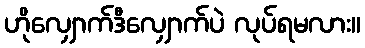
ဟိုလျှောက်ဒီလျှောက်ပဲ လုပ်ရမလား။